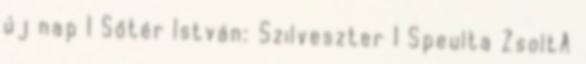
új nap 1 Sőtér István: Szilveszter 1 Speulta ZsoltA